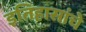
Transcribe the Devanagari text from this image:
इतिहासांचे